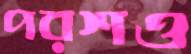
পরশও